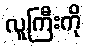
လူကြီးကို